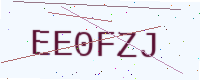
Text: EE0FZJ